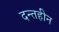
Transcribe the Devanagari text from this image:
दन्तहीन